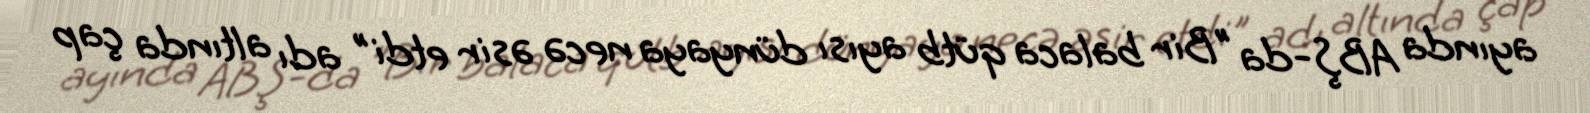
ayında ABŞ-da "Bir balaca qütb ayısı dünyaya necə əsir etdi" adı altında çap